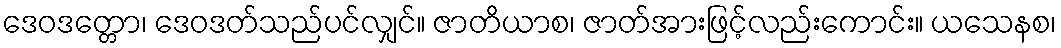
ဒေဝဒတ္တော၊ ဒေဝဒတ်သည်ပင်လျှင်။ ဇာတိယာစ၊ ဇာတ်အားဖြင့်လည်းကောင်း။ ယသေနစ၊